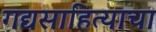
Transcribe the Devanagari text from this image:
गद्यसाहित्याचा